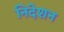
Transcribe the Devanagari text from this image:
निदेशन